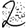
Digit: 2